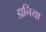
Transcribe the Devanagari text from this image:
डानिया